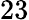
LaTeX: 23